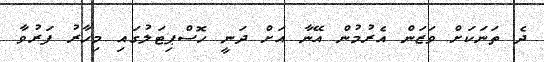
ދެ ތަނަކަށް ވަޒަން އެރުމުން އޭނާ އަށް ދަނީ ހޮސްޕިޓަލުގައި މިހާރު ފަރުވާ